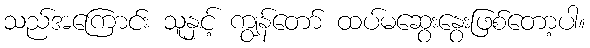
သည်အကြောင်း သူနှင့် ကျွန်တော် ထပ်မဆွေးနွေးဖြစ်တော့ပါ။